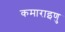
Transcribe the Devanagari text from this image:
कमाराइणु